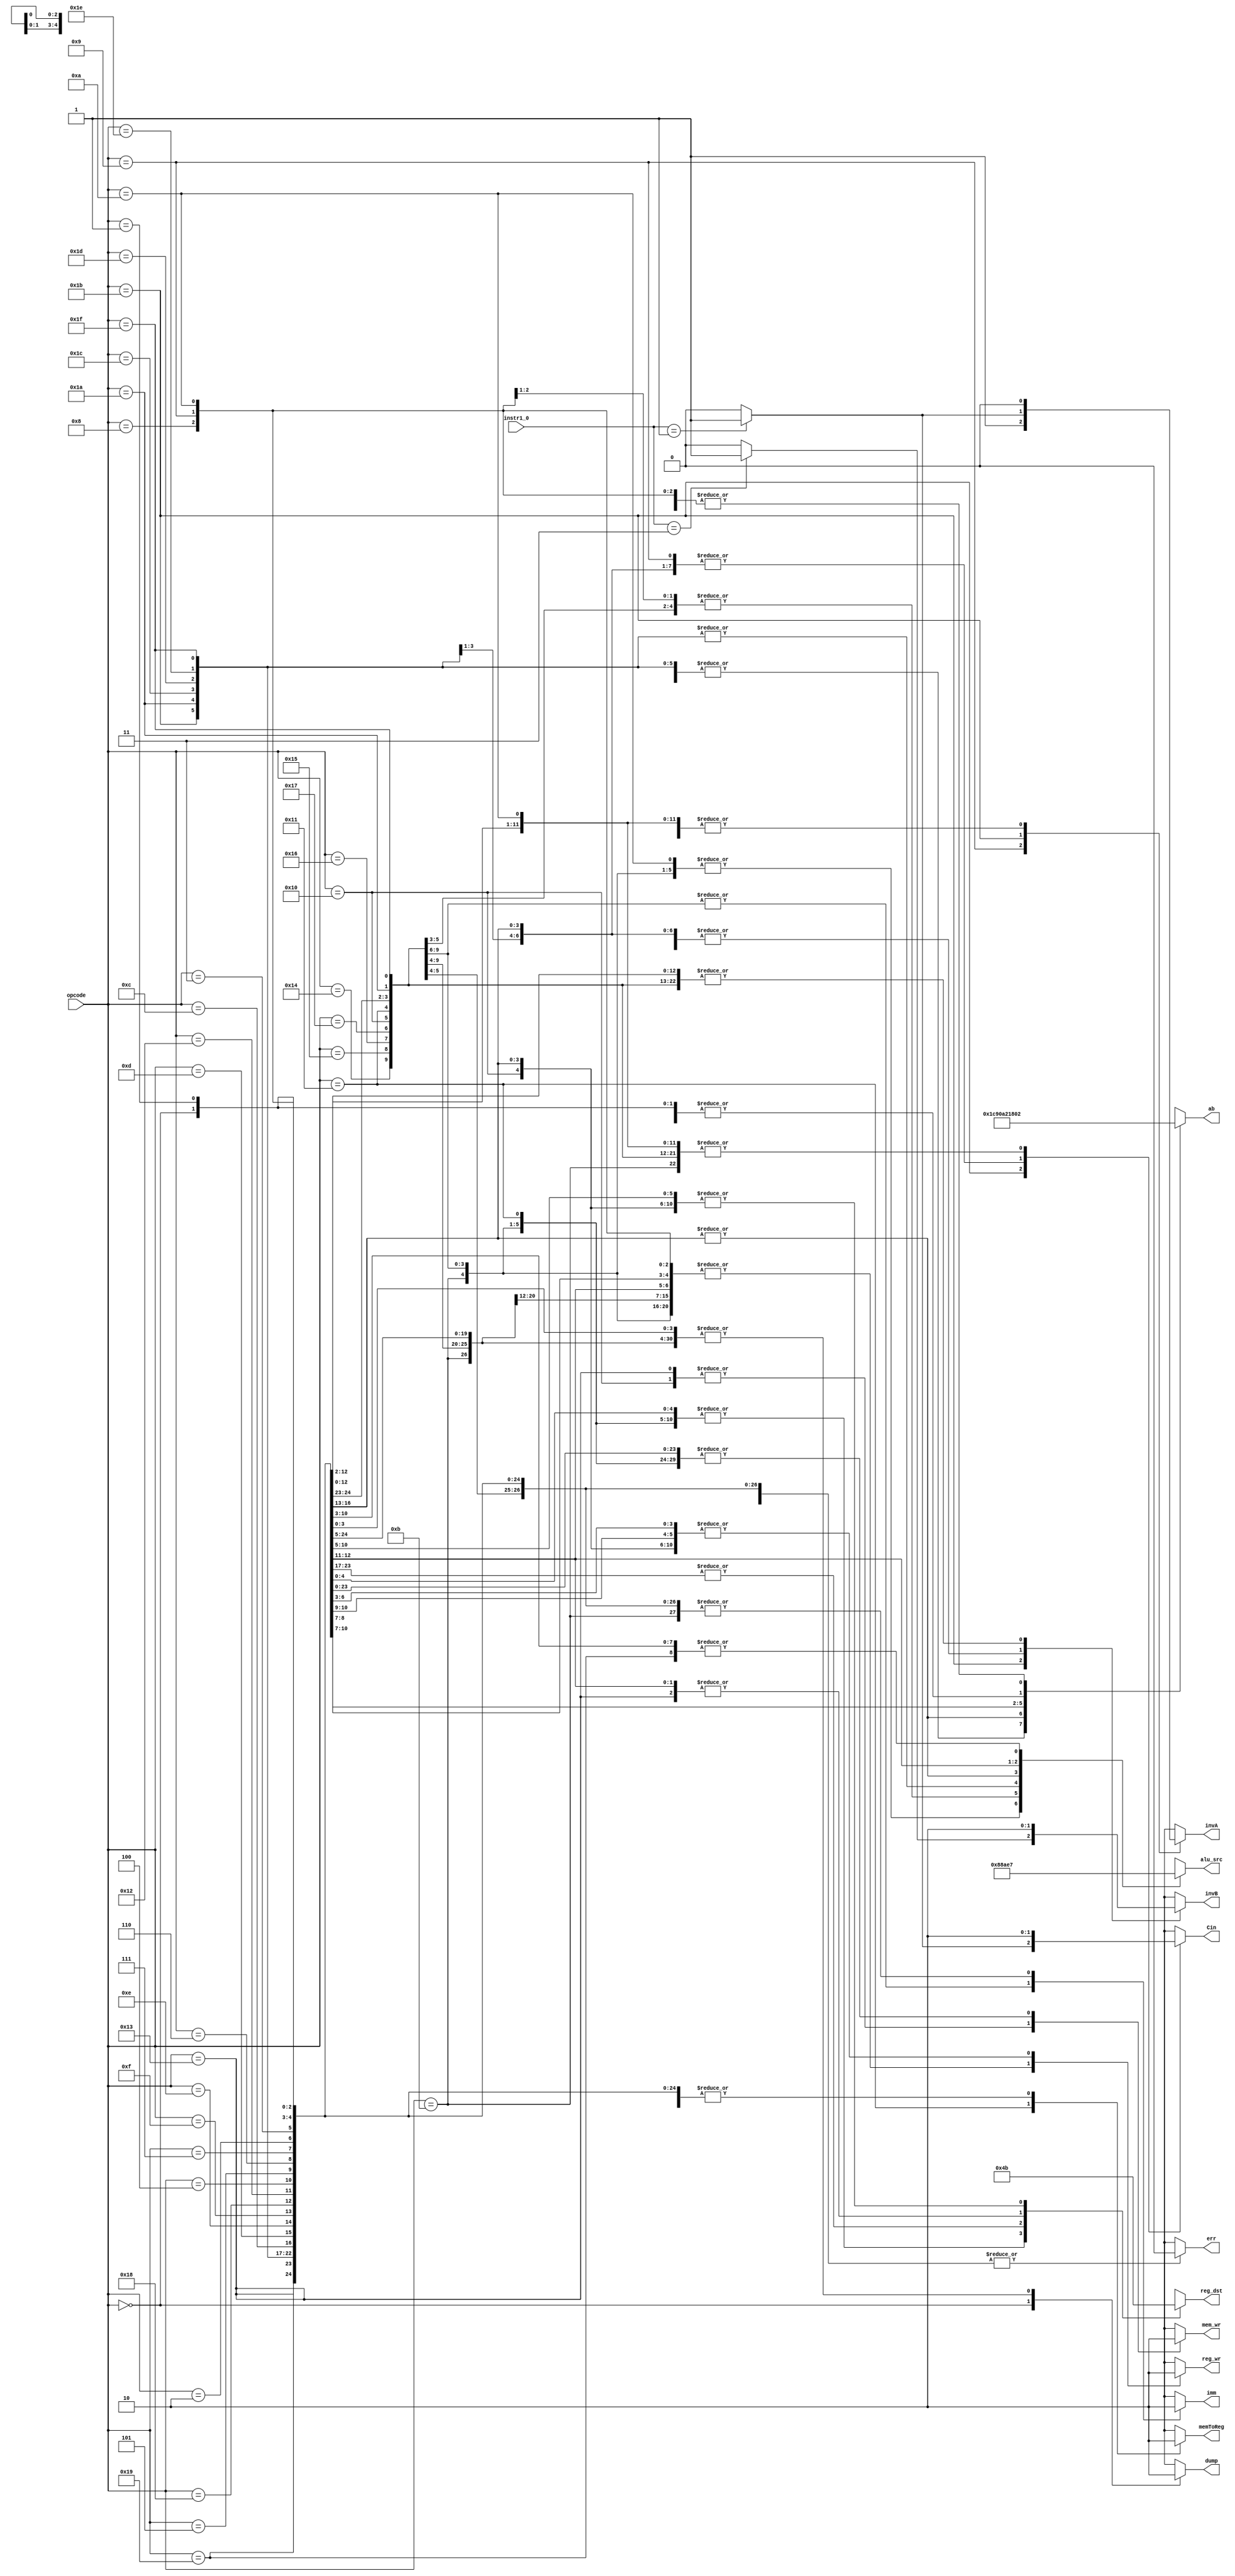
module control (opcode, instr1_0, alu_src, mem_wr, reg_wr, memToReg, reg_dst, invA, invB, 
	        Cin, imm, dump, err, ab);

    input[4:0] opcode; //combinational input
    input[1:0] instr1_0;
    
    output reg mem_wr, reg_wr, memToReg, invA, invB;
    output reg Cin, imm, dump, err; //outputs are all control signals
    output reg [1:0] reg_dst; //except for branch and jump logic
    output reg [2:0] alu_src;
    output reg [4:0] ab;

    // reg_dst:
    // 0 - Ins[4:2]
    // 1 - Ins[7:5]
    // 2 - Ins[10:8]
    // 3 - R7 (reg_dst = 111)

    // ALU_SRC:
    // 0 - Reg 2
    // 1 - Imm[4:0] Sign extend
    // 2 - Imm[4:0] Zero extend
    // 3 - Imm[7:0] Sign extend
    // 4 - Imm[7:0] Zero extend
    // 5 - All zeros
    // 6 - X
    // 7 - X
   
    wire[1:0] op_11011; 

    // ADD, SUB, XOR, ANDN invB select
    assign op_11011[1] = (instr1_0 == 2'b11) ? 1'b1 : 1'b0;

    // ADD, SUB, XOR, ANDN Cin and invA select
    assign op_11011[0] = (instr1_0 == 2'b01) ? 1'b1 : 1'b0;

    always @(*) begin
        alu_src = 3'b111;
        mem_wr = 1'b0;
        reg_wr = 1'b0;
        memToReg = 1'b0;
        reg_dst = 2'b11;
        invA = 1'b0;
        invB = 1'b0;
        Cin = 1'b0;
	imm = 1'b0;
        dump = 1'b0;
	err = 1'b0;
	ab = 5'b00010;
	case(opcode)
            5'b00000: begin // HALT
                reg_dst = 2'b01;
		dump = 1'b1;
		ab = 5'b00000;
            end
            5'b00001: begin // NOP
                reg_dst = 2'b01;
		ab = 5'b00000;
            end
	    5'b01000: begin // ADDI
		alu_src = 3'b001;
		reg_wr = 1'b1;
		reg_dst = 2'b01;
	    end
            5'b01001: begin // SUBI
                alu_src = 3'b001;
                reg_wr = 1'b1;
                reg_dst = 2'b01;
		invA = 1'b1;
		Cin = 1'b1;
            end
            5'b01010: begin // XORI
                alu_src = 3'b010;
                reg_wr = 1'b1;
                reg_dst = 2'b01;
            end
            5'b01011: begin // ANDNI
                alu_src = 3'b010;
                reg_wr = 1'b1;
                reg_dst = 2'b01;
		invB = 1'b1;
            end
            5'b10100: begin // ROLI
                alu_src = 3'b010;
                reg_wr = 1'b1;
                reg_dst = 2'b01;
		imm = 1'b1;
            end
            5'b10101: begin // SLLI
                alu_src = 3'b010;
                reg_wr = 1'b1;
                reg_dst = 2'b01;
		imm = 1'b1;
            end
            5'b10110: begin // RORI
                alu_src = 3'b010;
                reg_wr = 1'b1;
                reg_dst = 2'b01;
		imm = 1'b1;
            end
            5'b10111: begin // SRLI
                alu_src = 3'b010;
                reg_wr = 1'b1;
                reg_dst = 2'b01;
		imm = 1'b1;
            end
            5'b10000: begin // ST
                alu_src = 3'b001;
                mem_wr = 1'b1;
		ab = 5'b00011;
            end
            5'b10001: begin // LD
                alu_src = 3'b001;
                reg_wr = 1'b1;
                memToReg = 1'b1;
                reg_dst = 2'b01;
            end
	    // Similar to ST
            5'b10011: begin // STU
                alu_src = 3'b001;
                mem_wr = 1'b1;
                reg_wr = 1'b1;
                reg_dst = 2'b10;
		ab = 5'b00011;
            end
            5'b11001: begin // BTR
                reg_wr = 1'b1;
		reg_dst = 2'b00;
            end
            5'b11011: begin // ADD, SUB, XOR, ANDN
                alu_src = 3'b000;
	        reg_wr = 1'b1;
		reg_dst = 2'b00;
                invA = op_11011[0];
                invB = op_11011[1];
                Cin = op_11011[0];
		ab = 5'b00011;
            end
            5'b11010: begin // ROL, SLL, ROR, SRL
                reg_wr = 1'b1;
		alu_src = 3'b000;
		reg_dst = 2'b00;
		ab = 5'b00011;
            end
            5'b11100: begin // SEQ
                reg_wr = 1'b1;
		alu_src = 3'b000;
		reg_dst = 2'b00;
                invB = 1'b1;
                Cin = 1'b1;
		ab = 5'b00011;
            end
            5'b11101: begin // SLT
                reg_wr = 1'b1;
		alu_src = 3'b000;
                invB = 1'b1;
                Cin = 1'b1;
		reg_dst = 2'b00;
		ab = 5'b00011;
            end
            5'b11110: begin // SLE
                reg_wr = 1'b1;
		alu_src = 3'b000;
                invB = 1'b1;
                Cin = 1'b1;
		reg_dst = 2'b00;
		ab = 5'b00011;
            end
            5'b11111: begin // SCO
                reg_wr = 1'b1;
		alu_src = 3'b000;
		reg_dst = 2'b00;
		ab = 5'b00011;
            end
            5'b01100: begin // BEQZ
                alu_src = 3'b101;
                invB = 1'b1;
                Cin = 1'b1;
		ab = 5'b10010;
            end
            5'b01101: begin // BNEZ
                alu_src = 3'b101;
                invB = 1'b1;
                Cin = 1'b1;
		ab = 5'b10010;
            end
            5'b01110: begin // BLTZ
                alu_src = 3'b101;
                invB = 1'b1;
                Cin = 1'b1;
		ab = 5'b10010;
            end
            5'b01111: begin // BGEZ
                alu_src = 3'b101;
                invB = 1'b1;
                Cin = 1'b1;
		ab = 5'b10010;
            end
            5'b11000: begin // LBI
                alu_src = 3'b011;
                reg_wr = 1'b1;
                reg_dst = 2'b10;
            end
            5'b10010: begin // SLBI
                alu_src = 3'b100;
                reg_wr = 1'b1;
                reg_dst = 2'b10;
            end
            //jump handled in seperate module
            5'b00100: begin // J disp
	        ab = 5'b01000;
            end
            5'b00101: begin // JR
	        ab = 5'b01010;
            end
            5'b00110: begin // JAL
                reg_wr = 1'b1;
                reg_dst = 2'b11; // R7
		ab = 5'b00100;
            end
            5'b00111: begin // JALR
	        reg_wr = 1'b1;
                reg_dst = 2'b11; // R7
		ab = 5'b00110;
            end
	    5'b00010: begin // siic (Do nothing)
	        reg_dst = 2'b11;
		ab = 5'b00000;
            end
            5'b00011: begin // nop/rti (Do nothing)
            end
	    default: begin
                err = 1'b1;
		ab = 5'b00000;
            end
	endcase
    end
endmodule